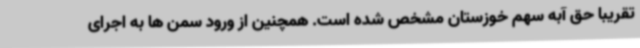
تقریبا حق آبه سهم خوزستان مشخص شده است. همچنین از ورود سمن ها به اجرای